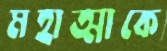
মহাত্মাকে